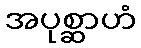
အပုစ္ဆာဟံ